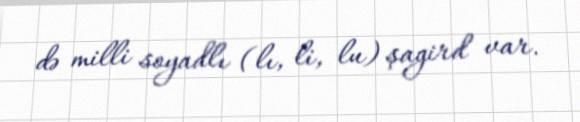
də milli soyadlı (lı, li, lu) şagird var.